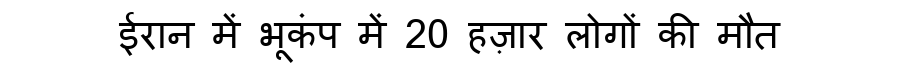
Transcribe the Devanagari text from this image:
ईरान में भूकंप में 20 हज़ार लोगों की मौत